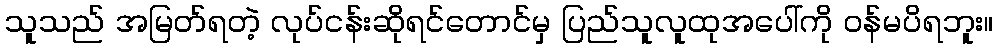
သူသည် အမြတ်ရတဲ့ လုပ်ငန်းဆိုရင်တောင်မှ ပြည်သူလူထုအပေါ်ကို ဝန်မပိရဘူး။